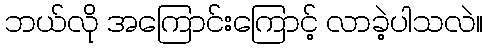
ဘယ်လို အကြောင်းကြောင့် လာခဲ့ပါသလဲ။